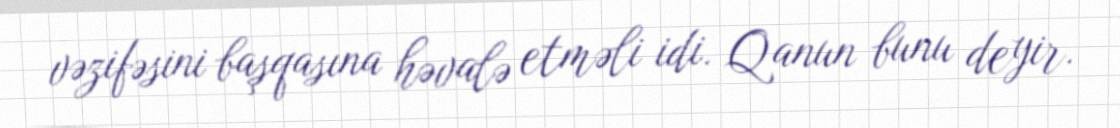
vəzifəsini başqasına həvalə etməli idi. Qanun bunu deyir.